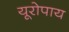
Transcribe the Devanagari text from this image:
यूरोपाय